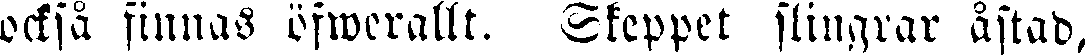
också finnas öfwerallt. Skeppet slingrar åstad,